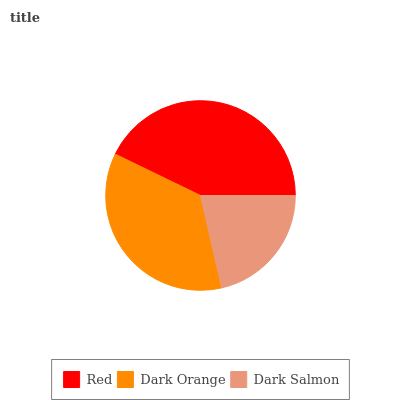
| Red | Dark Orange | Dark Salmon |
 | --- | --- | --- |
 | 42.8% | 35.8% | 21.5% |